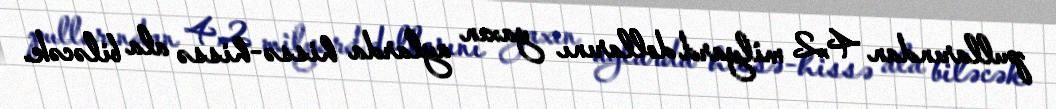
pullarından 4,2 milyard dollarını yaxın aylarda hissə-hissə ala biləcək.